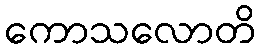
ကောသလောတိ